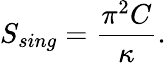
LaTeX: S_{sing}={\frac{\pi^{2}C}{\kappa}}.